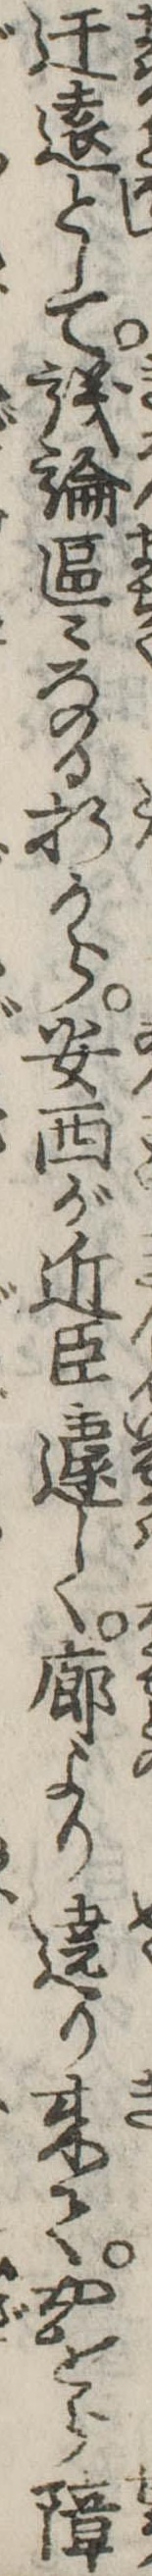
迂遠として議論區々なる折から安西が近臣遽しく廊より遶り来てやをら障